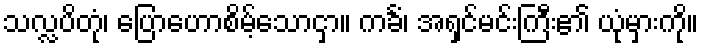
သလ္လပိတုံ၊ ပြောဟောစိမ့်သောငှာ။ ကင်္ခံ၊ အရှင်မင်းကြီး၏ ယုံမှားကို။